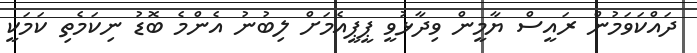
ދައްކަވަމުން ރައީސް ޔާމީން ވިދާޅުވީ ޕީޕީއެމަށް ލިބުނު އެންމެ ބޮޑު ނިކަމެތި ކަމަކީ